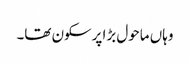
وہاں ماحول بڑا پرسکون تھا۔